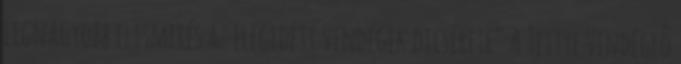
legnagyobb elismerés az elégedett vendégek dicsérete” A Tettye Vendéglô